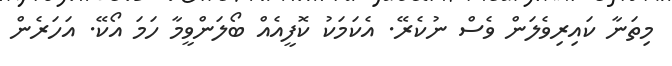
މިތަނާ ކައިރިވެލަން ވެސް ނުކެރޭ. އެކަމަކު ކޮފީއެއް ބޯލަންވީމާ ހަމަ އޯކޭ. އަހަރެން